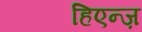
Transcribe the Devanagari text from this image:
हिएन्ज़